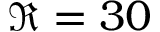
\Re = 3 0